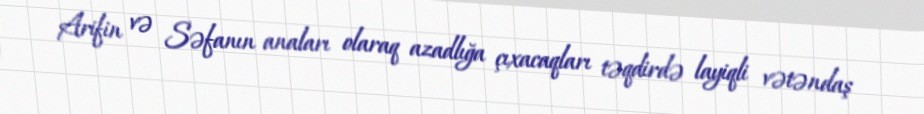
Arifin və Səfanın anaları olaraq azadlığa çıxacaqları təqdirdə layiqli vətəndaş